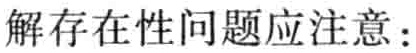
解存在性问题应注意：